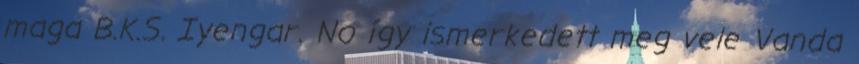
maga B.K.S. Iyengar. No így ismerkedett meg vele Vanda